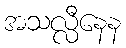
အသလ္လီနေန